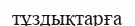
тұздықтарға